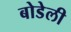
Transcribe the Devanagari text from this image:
बोडेली